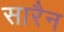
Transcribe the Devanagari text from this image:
सारैन